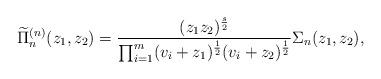
LaTeX: \begin{align*} & \widetilde{\Pi}_n^{(n)} ( z_1, z_2) = \frac{(z_1 z_2 )^{\frac{s}{2}} }{ \prod_{ i = 1}^m ( v_i+ z_1 )^{\frac{1}{2}} (v_i + z_2)^{\frac{1}{2}}} \Sigma_n (z_1, z_2 ), \end{align*}